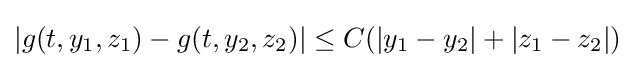
|g(t,y_{1},z_{1})-g(t,y_{2},z_{2})|\leq C(|y_{1}-y_{2}|+|z_{1}-z_{2}|)